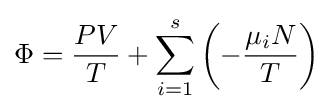
\Phi ={\frac {PV}{T}}+\sum _{i=1}^{s}\left(-{\frac {\mu _{i}N}{T}}\right)